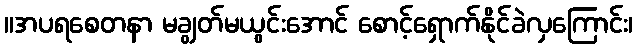
။အပရစေတနာ မချွတ်မယွင်းအောင် စောင့်ရှောက်နိုင်ခဲလှကြောင်း၊